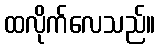
ထလိုက်လေသည်။